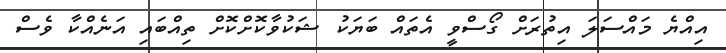
އިއްޔެ މައްސަލަ އިތުރަށް ގޯސްވީ އެތައް ބަޔަކު ޝަކުވާކޮށްކޮށް ތިއްބައި އަނެއްކާ ވެސް